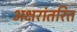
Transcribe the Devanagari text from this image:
अक्षरांतरित